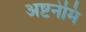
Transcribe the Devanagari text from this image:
अष्टनेमि